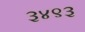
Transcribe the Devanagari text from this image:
३४९३